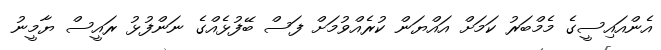
އެންއައިސީގެ މެމްބަރު ކަމަށް އައްޔަން ކުރެއްވުމަށް ފަސް ބޭފުޅެއްގެ ނަންފުޅު ރައީސް ޔާމީނު